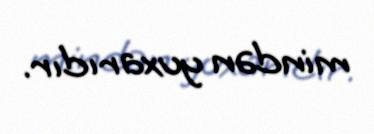
mindən yuxarıdır.